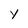
Character: Y